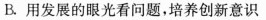
B.用发展的眼光看问题，培养创新意识